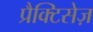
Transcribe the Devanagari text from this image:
प्रैक्टिसेज़